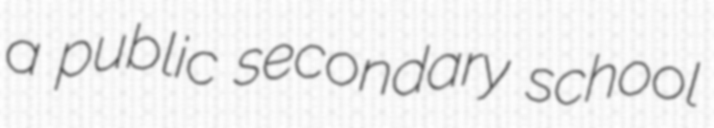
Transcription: a public secondary school